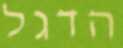
הדגל